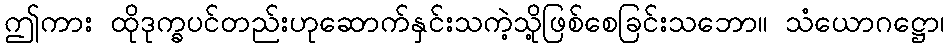
ဤကား ထိုဒုက္ခပင်တည်းဟုဆောက်နှင်းသကဲ့သို့ဖြစ်စေခြင်းသဘော။ သံယောဂဋ္ဌော၊